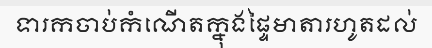
ទារកចាប់កំណើតក្នុងផ្ទៃមាតារហូតដល់